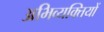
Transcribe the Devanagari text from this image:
अभिव्‍यक्तियों